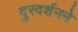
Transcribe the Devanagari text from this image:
दुरदर्शनने